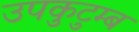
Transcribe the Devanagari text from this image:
उपकुटुम्ब